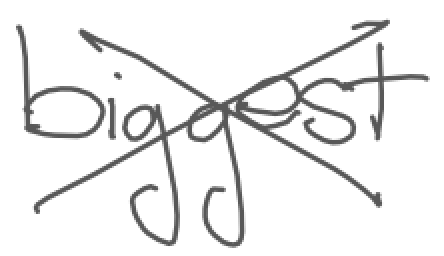
Text: biggest
Cross-out: cross
Writing tool: digital_gray